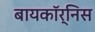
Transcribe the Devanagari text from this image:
बायकॉर्निस